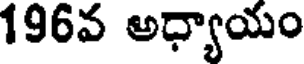
196వ అధ్యాయం